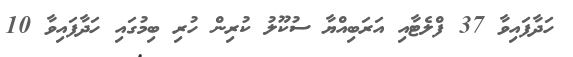
ހަދާފައިވާ 37 ފްލެޓާއި އަރަބިއްޔާ ސުކޫލު ކުރިން ހުރި ބިމުގައި ހަދާފައިވާ 10